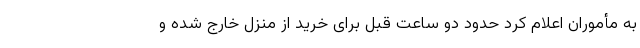
به مأموران اعلام کرد حدود دو ساعت قبل برای خرید از منزل خارج شده و